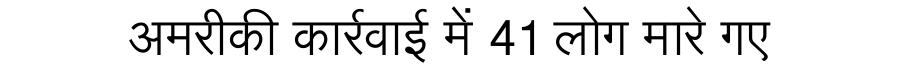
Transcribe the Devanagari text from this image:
अमरीकी कार्रवाई में 41 लोग मारे गए